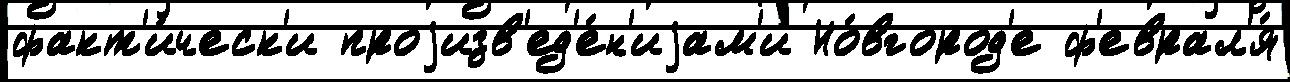
факт'и́ческ'и проjизв'ед'е́н'иjам'и Но́вгород'е ф'еврал'я́